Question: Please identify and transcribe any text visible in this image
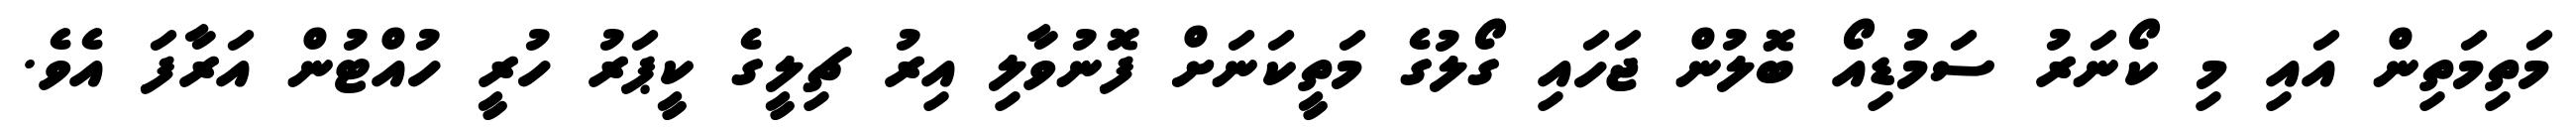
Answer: މަތިމަތިން އައި މި ކޯނަރު ސަމުޑިއޯ ބޮލުން ޖަހައި ގޯލުގެ މަތީކަނަށް ފޮނުވާލި އިރު ޗިލީގެ ކީޕަރު ހުރީ ހުއްޓުން އަރާފަ އެވެ.